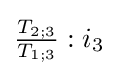
{\tfrac {T_{2;3}}{T_{1;3}}}:{i_{3}}